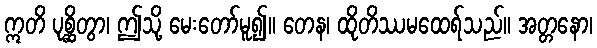
ဣတိ ပုစ္ဆိတွာ၊ ဤသို့ မေးတော်မူ၍။ တေန၊ ထိုတိဿမထေရ်သည်။ အတ္တနော၊